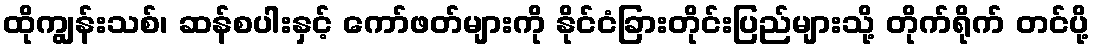
ထိုကျွန်းသစ်၊ ဆန်စပါးနှင့် ကော်ဖတ်များကို နိုင်ငံခြားတိုင်းပြည်များသို့ တိုက်ရိုက် တင်ပို့